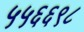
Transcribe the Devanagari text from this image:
५५६६९८